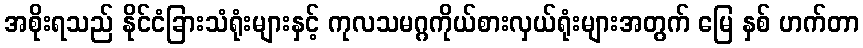
အစိုးရသည် နိုင်ငံခြားသံရုံးများနှင့် ကုလသမဂ္ဂကိုယ်စားလှယ်ရုံးများအတွက် မြေ နှစ် ဟက်တာ